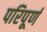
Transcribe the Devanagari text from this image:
परिपूर्ण